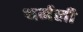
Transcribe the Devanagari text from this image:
थर्मली